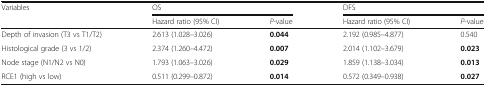
<table><thead><tr><td rowspan="2"><b>Variables</b></td><td colspan="2"><b>OS</b></td><td colspan="2"><b>DFS</b></td></tr><tr><td><b>Hazard ratio (95% CI)</b></td><td><b><i>P</i>-value</b></td><td><b>Hazard ratio (95% CI)</b></td><td><b><i>P</i>-value</b></td></tr></thead><tbody><tr><td>Depth of invasion (T3 vs T1/T2)</td><td>2.613 (1.028–3.026)</td><td><b>0.044</b></td><td>2.192 (0.985–4.877)</td><td>0.540</td></tr><tr><td>Histological grade (3 vs 1/2)</td><td>2.374 (1.260–4.472)</td><td><b>0.007</b></td><td>2.014 (1.102–3.679)</td><td><b>0.023</b></td></tr><tr><td>Node stage (N1/N2 vs N0)</td><td>1.793 (1.063–3.026)</td><td><b>0.029</b></td><td>1.859 (1.138–3.034)</td><td><b>0.013</b></td></tr><tr><td>RCE1 (high vs low)</td><td>0.511 (0.299–0.872)</td><td><b>0.014</b></td><td>0.572 (0.349–0.938)</td><td><b>0.027</b></td></tr></tbody></table>